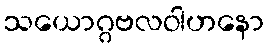
သယောဂ္ဂဗလဝါဟနော